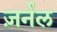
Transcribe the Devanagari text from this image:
ज़र्नल